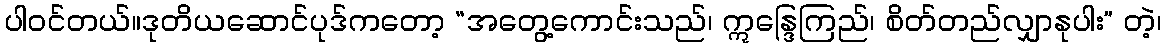
ပါဝင်တယ်။ဒုတိယဆောင်ပုဒ်ကတော့ “အတွေ့ကောင်းသည်၊ ဣန္ဒြေကြည်၊ စိတ်တည်လျှာနုပါး” တဲ့၊